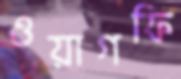
ওয়াগফি